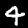
Digit: 4